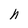
Character: h